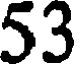
53